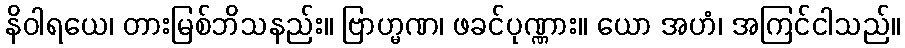
နိဝါရယေ၊ တားမြစ်ဘိသနည်း။ ဗြာဟ္မဏ၊ ဖခင်ပုဏ္ဏား။ ယော အဟံ၊ အကြင်ငါသည်။